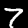
Label: 7